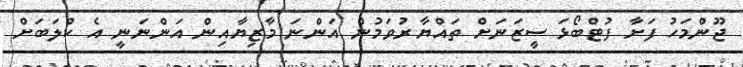
ޖޫންމަހު ފަށާ ފުޓްބޯޅަ ސީޒަނަށް ތައްޔާރުވަމުން އަންނަ މާޒިޔާއިން އަންނަނީ އެ ކްލަބަށް